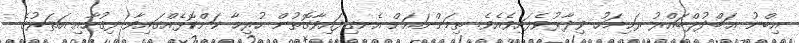
އިބްނު ޢަބްދުލްބައްރު ރަޙިމަހު ވިދާޅުވެފައިވެއެވެ. ތިމަންނައަށް އެނގިފައިވާގޮތުން ހުރިހާ ކަންކޮޅެއްގައިވާ ފިޤުހާއި އަޘަރުގެ